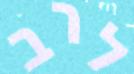
לרב